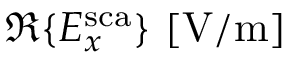
\Re \{ E _ { x } ^ { \mathrm { s c a } } \} ~ [ \mathrm { V / m } ]